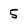
Character: 5